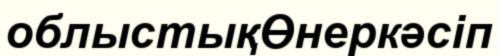
облыстықӨнеркәсіп